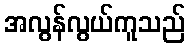
အလွန်လွယ်ကူသည်